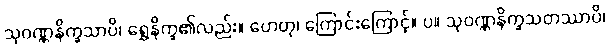
သုဝဏ္ဏနိက္ခသာပိ၊ ရွှေနိက္ခ၏လည်း။ ဟေတု၊ ကြောင်းကြောင့်။ ပ။ သုဝဏ္ဏနိက္ခသတဿာပိ၊